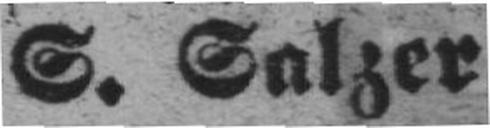
S. Salzer